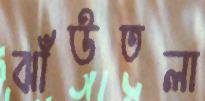
ঝাঁউতলা